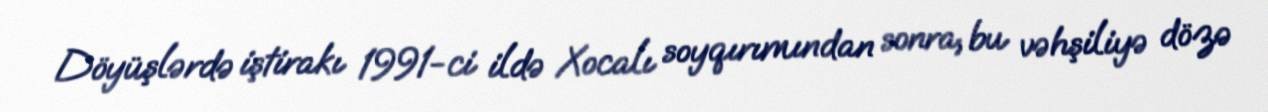
Döyüşlərdə iştirakı 1991-ci ildə Xocalı soyqırımından sonra, bu vəhşiliyə dözə